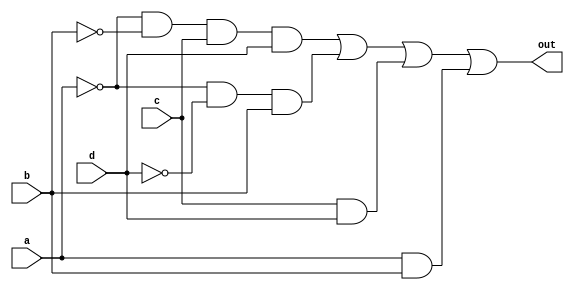
module top_module (
    input wire a,
    input wire b,
    input wire c,
    input wire d,
    output wire out
);

    // Simplified Boolean expression
    assign out = (~a & ~b & c & d) | (~a & ~d & b) | (c & d) | (a & b);

endmodule